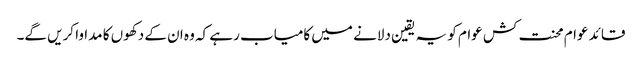
قائد عوام محنت کش عوام کو یہ یقین دلانے میں کامیاب رہے کہ وہ ان کے دکھوں کا مداوا کریں گے۔